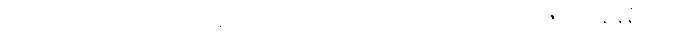
ကတုတ်ကျင်းထဲတွင် ရောက်နေသည့် မစ်ရှောသည်လည်း သူ့မျက်စိထဲတွင် ဇော်မွှားပန်းနီနီတပွင့်ကို